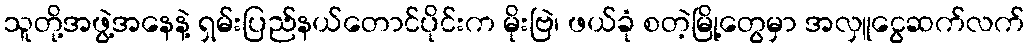
သူတို့အဖွဲ့အနေနဲ့ ရှမ်းပြည်နယ်တောင်ပိုင်းက မိုးဗြဲ၊ ဖယ်ခုံ စတဲ့မြို့တွေမှာ အလှူငွေဆက်လက်